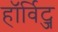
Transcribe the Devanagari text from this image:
हॉर्विट्ज